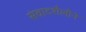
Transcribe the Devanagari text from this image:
संवादशैलीने